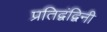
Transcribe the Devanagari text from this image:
प्रतिद्वंद्विनी